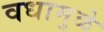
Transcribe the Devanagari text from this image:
वधामुळे